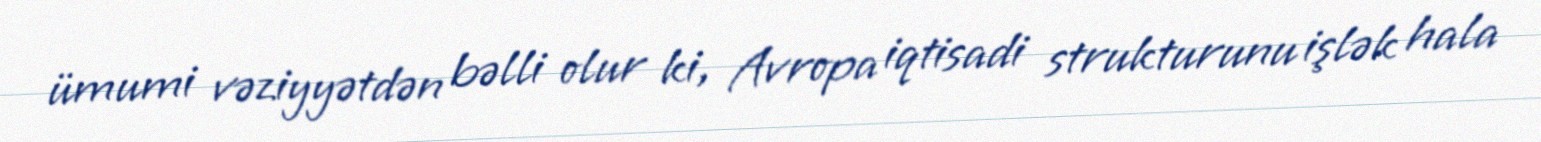
ümumi vəziyyətdən bəlli olur ki, Avropa iqtisadi strukturunu işlək hala